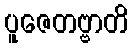
ပူဇေတဗ္ဗာတိ